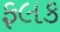
ફલક